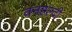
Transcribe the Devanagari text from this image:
वनहल्दी